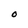
Character: O